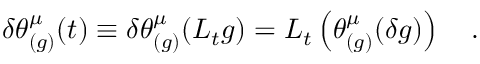
\delta \theta _ { ( g ) } ^ { \mu } ( t ) \equiv \delta \theta _ { ( g ) } ^ { \mu } ( { \cal L } _ { t } g ) = { \cal L } _ { t } \left( \theta _ { ( g ) } ^ { \mu } ( \delta g ) \right) ~ ~ ~ .